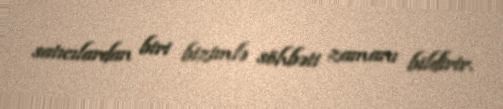
satıcılardan biri bizimlə söhbəti zamanı bildirir.